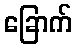
ခြောက်